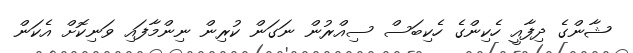
ޝާންގެ ދިފާއީ ހެކިންގެ ހެކިބަސް ސިއްރުން ނަގަން ކުރިން ނިންމާފައި ވަނިކޮށް އެކަން